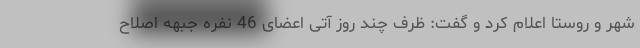
شهر و روستا اعلام کرد و گفت: ظرف چند روز آتی اعضای 46 نفره جبهه اصلاح